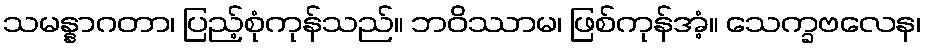
သမန္နာဂတာ၊ ပြည့်စုံကုန်သည်။ ဘဝိဿာမ၊ ဖြစ်ကုန်အံ့။ သေက္ခဗလေန၊